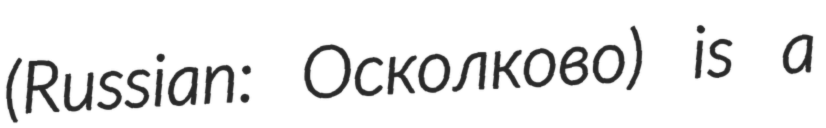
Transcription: (Russian: Осколково) is a